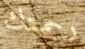
رحمتك